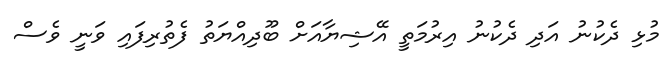
މުޅި ދެކުނު އަދި ދެކުނު އިރުމަތީ އޭޝިޔާއަށް ބޫދިއްޔަތު ފެތުރިފައި ވަނީ ވެސް